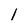
Character: 1